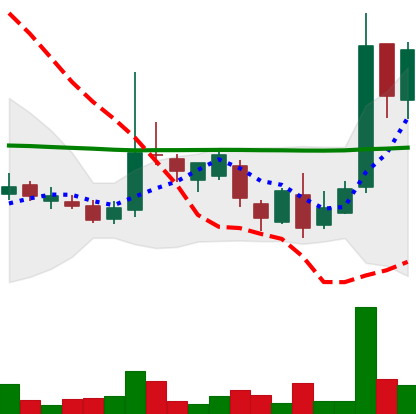
Ticker: LTC-USD
Chart end date: 2017-03-15
Forward return: -3.066%
Label: down_3_5